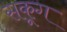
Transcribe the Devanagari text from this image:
सकूग